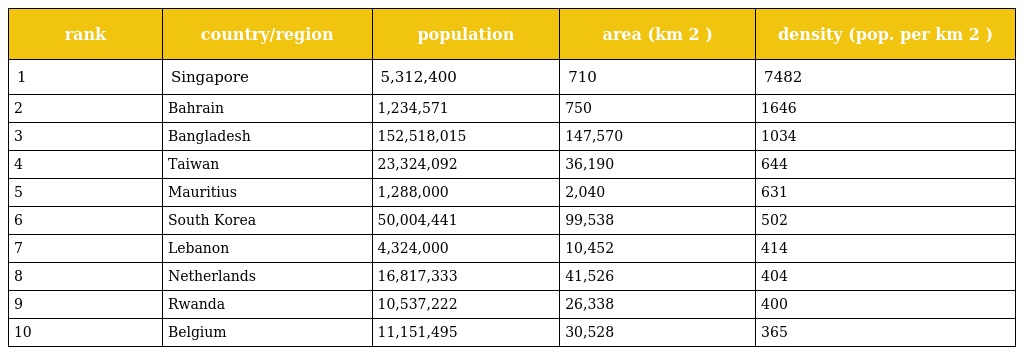
| rank | country/region | population | area (km 2 ) | density (pop. per km 2 ) |
 | --- | --- | --- | --- | --- |
 | 1 | Singapore | 5,312,400 | 710 | 7482 |
 | 2 | Bahrain | 1,234,571 | 750 | 1646 |
 | 3 | Bangladesh | 152,518,015 | 147,570 | 1034 |
 | 4 | Taiwan | 23,324,092 | 36,190 | 644 |
 | 5 | Mauritius | 1,288,000 | 2,040 | 631 |
 | 6 | South Korea | 50,004,441 | 99,538 | 502 |
 | 7 | Lebanon | 4,324,000 | 10,452 | 414 |
 | 8 | Netherlands | 16,817,333 | 41,526 | 404 |
 | 9 | Rwanda | 10,537,222 | 26,338 | 400 |
 | 10 | Belgium | 11,151,495 | 30,528 | 365 |